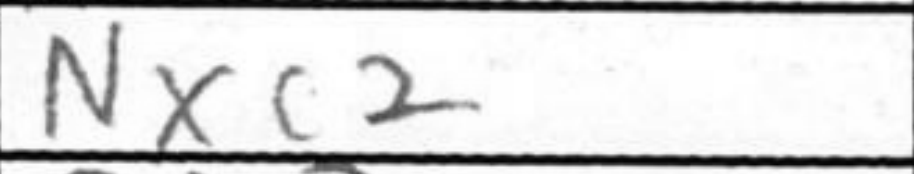
Transcription: Nxc2